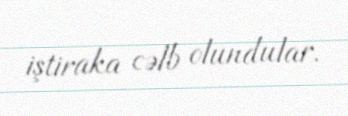
iştiraka cəlb olundular.